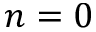
n = 0